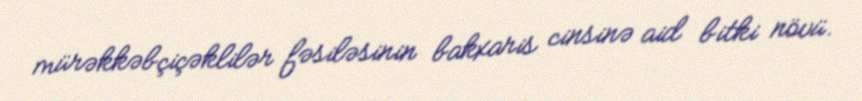
mürəkkəbçiçəklilər fəsiləsinin bakxaris cinsinə aid bitki növü.